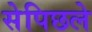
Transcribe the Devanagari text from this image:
सेपिछले